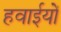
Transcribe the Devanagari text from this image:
हवाईयों